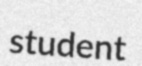
student